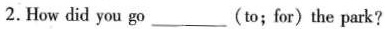
2.How did you go___( to ; for ) the park?